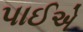
પાઈએ